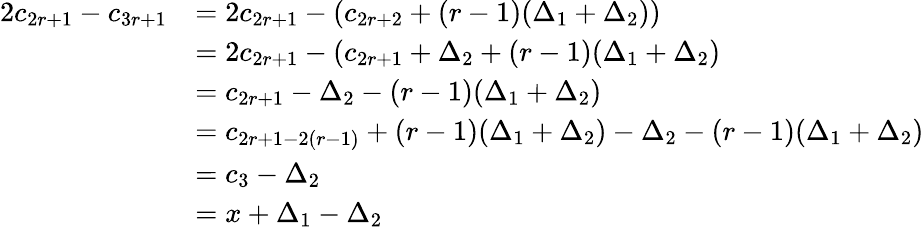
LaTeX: \begin{array}{rl}{2c_{2r+1}-c_{3r+1}}&{=2c_{2r+1}-(c_{2r+2}+(r-1)(\Delta_{1}+\Delta_{2}))}\\ &{=2c_{2r+1}-(c_{2r+1}+\Delta_{2}+(r-1)(\Delta_{1}+\Delta_{2})}\\ &{=c_{2r+1}-\Delta_{2}-(r-1)(\Delta_{1}+\Delta_{2})}\\ &{=c_{2r+1-2(r-1)}+(r-1)(\Delta_{1}+\Delta_{2})-\Delta_{2}-(r-1)(\Delta_{1}+\Delta_{2})}\\ &{=c_{3}-\Delta_{2}}\\ &{=x+\Delta_{1}-\Delta_{2}}\end{array}